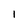
Character: I